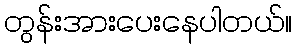
တွန်းအားပေးနေပါတယ်။